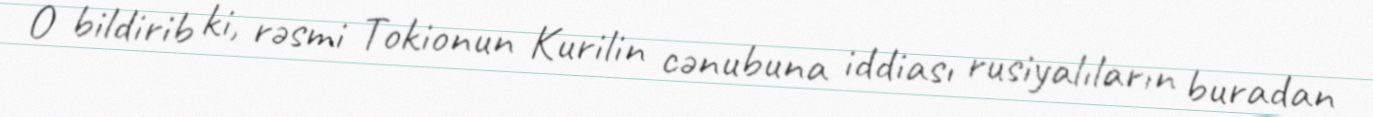
O bildirib ki, rəsmi Tokionun Kurilin cənubuna iddiası rusiyalıların buradan